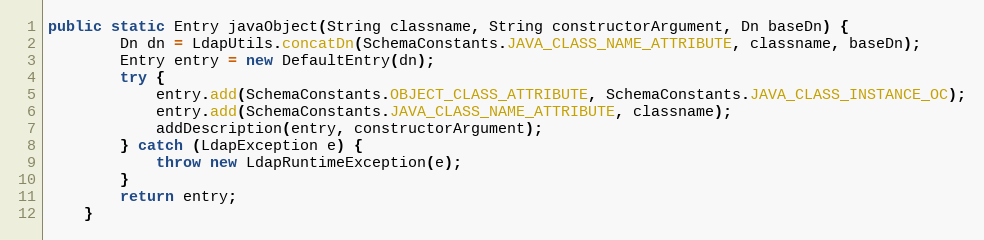
Language: Java
public static Entry javaObject(String classname, String constructorArgument, Dn baseDn) {
        Dn dn = LdapUtils.concatDn(SchemaConstants.JAVA_CLASS_NAME_ATTRIBUTE, classname, baseDn);
        Entry entry = new DefaultEntry(dn);
        try {
            entry.add(SchemaConstants.OBJECT_CLASS_ATTRIBUTE, SchemaConstants.JAVA_CLASS_INSTANCE_OC);
            entry.add(SchemaConstants.JAVA_CLASS_NAME_ATTRIBUTE, classname);
            addDescription(entry, constructorArgument);
        } catch (LdapException e) {
            throw new LdapRuntimeException(e);
        }
        return entry;
    }